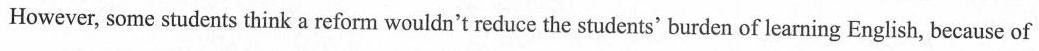
However, some students think a reform wouldn't reduce the students' burden of learning English, because of